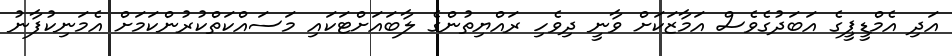
އަދި އެމްޑީޕީގެ އަބަދުގެވެސް އަމާޒަކަށް ވާނީ ދިވެހި ރައްޔިތުންގެ ލާބައަށްޓަކައި މަސައްކަތްކުރުންކަމަށް އެމަނިކުފާނު